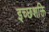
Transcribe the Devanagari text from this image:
इच्छशक्ति